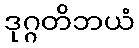
ဒုဂ္ဂတိဘယံ